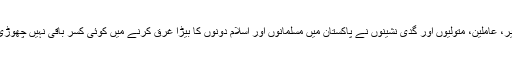
نقلی پیر، عاملین، متولیوں اور گدی نشینوں نے پاکستان میں مسلمانوں اور اسلام دونوں کا بیڑا غرق کرنے میں کوئی کسر باقی نہیں چھوڑی ہے۔